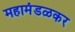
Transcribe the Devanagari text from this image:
महामंडळकर